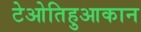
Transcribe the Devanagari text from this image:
टेओतिहुआकान